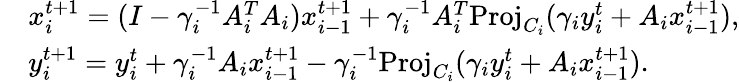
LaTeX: \begin{array}{rl}&{x_{i}^{t+1}=(I-\gamma_{i}^{-1}A_{i}^{T}A_{i})x_{i-1}^{t+1}+\gamma_{i}^{-1}A_{i}^{T}\mathrm{Proj}_{C_{i}}(\gamma_{i}y_{i}^{t}+A_{i}x_{i-1}^{t+1}),}\\ &{y_{i}^{t+1}=y_{i}^{t}+\gamma_{i}^{-1}A_{i}x_{i-1}^{t+1}-\gamma_{i}^{-1}\mathrm{Proj}_{C_{i}}(\gamma_{i}y_{i}^{t}+A_{i}x_{i-1}^{t+1}).}\end{array}